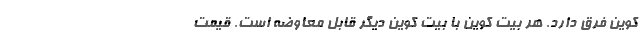
کوین فرق دارد. هر بیت کوین با بیت کوین دیگر قابل معاوضه است. قیمت